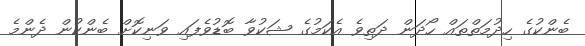
ބެންކުގެ ހިދުމަތްތައް ހޯދަން ދަތިވެ އެކަމުގެ ޝަކުވާ ބޮޑުވެފައި ވަނިކޮށް ބެންކުން ދެންމެ